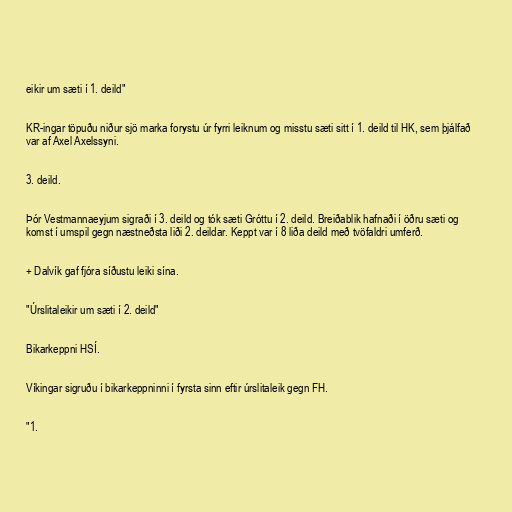
eikir um sæti í 1. deild"

KR-ingar töpuðu niður sjö marka forystu úr fyrri leiknum og misstu sæti sitt í 1. deild til HK, sem þjálfað
var af Axel Axelssyni.

3. deild.

Þór Vestmannaeyjum sigraði í 3. deild og tók sæti Gróttu í 2. deild. Breiðablik hafnaði í öðru sæti og
komst í umspil gegn næstneðsta liði 2. deildar. Keppt var í 8 liða deild með tvöfaldri umferð.

+ Dalvík gaf fjóra síðustu leiki sína.

"Úrslitaleikir um sæti í 2. deild"

Bikarkeppni HSÍ.

Víkingar sigruðu í bikarkeppninni í fyrsta sinn eftir úrslitaleik gegn FH.

"1.